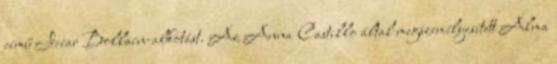
című Icíar Bollaín-alkotást. Az Anna Castillo által megszemélyesített Alma